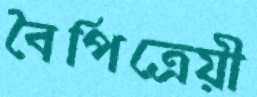
বৈপিত্রেয়ী